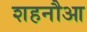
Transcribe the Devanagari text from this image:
शहनौआ